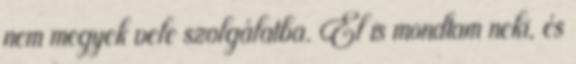
nem megyek vele szolgálatba. El is mondtam neki, és